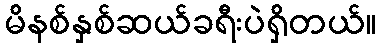
မိနစ်နှစ်ဆယ်ခရီးပဲရှိတယ်။